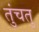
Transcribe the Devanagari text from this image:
तुंचतु